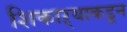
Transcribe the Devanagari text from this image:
शिकाऱ्याकडून